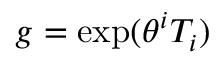
g = \exp ( \theta ^ { i } T _ { i } )